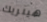
هينريك